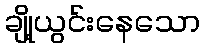
ချို့ယွင်းနေသော